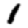
Digit: 1